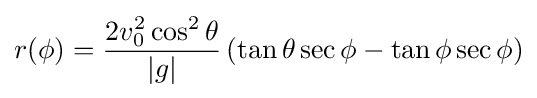
r(\phi )={\frac {2v_{0}^{2}\cos ^{2}\theta }{|g|}}\left(\tan \theta \sec \phi -\tan \phi \sec \phi \right)